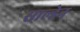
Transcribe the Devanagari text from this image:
साल्डेन